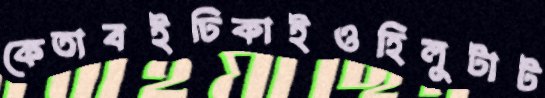
কেতাবইঢিকাইওহিলুটাট